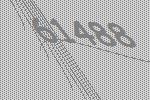
61488